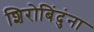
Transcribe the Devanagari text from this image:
शिरोबिंदुंना